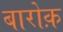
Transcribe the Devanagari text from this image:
बारोक़